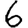
Digit: 6